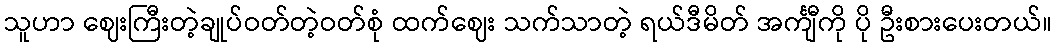
သူဟာ ဈေးကြီးတဲ့ချုပ်ဝတ်တဲ့ဝတ်စုံ ထက်ဈေး သက်သာတဲ့ ရယ်ဒီမိတ် အင်္ကျီကို ပို ဦးစားပေးတယ်။